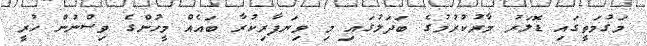
މަގުމަތީގައި ޑޮލަރު މާރުކުރުމުގެ ބަދަލުގައި މި ވިޔަފާރިކުރާ ބައެއް މީހުންގެ ވިސްނުން ހުރީ